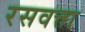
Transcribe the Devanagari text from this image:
रसवत्ता